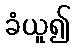
ခံယူ၍